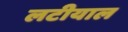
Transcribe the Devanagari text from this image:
लटीयाल